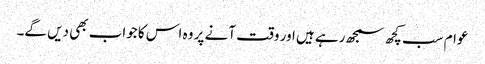
عوام سب کچھ سمجھ رہے ہیں اور وقت آنے پر وہ اس کا جواب بھی دیں گے۔